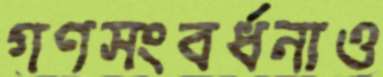
গণসংবর্ধনাও